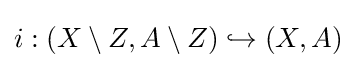
i:(X\setminus Z,A\setminus Z)\hookrightarrow (X,A)